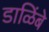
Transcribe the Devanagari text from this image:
डाळिंबे